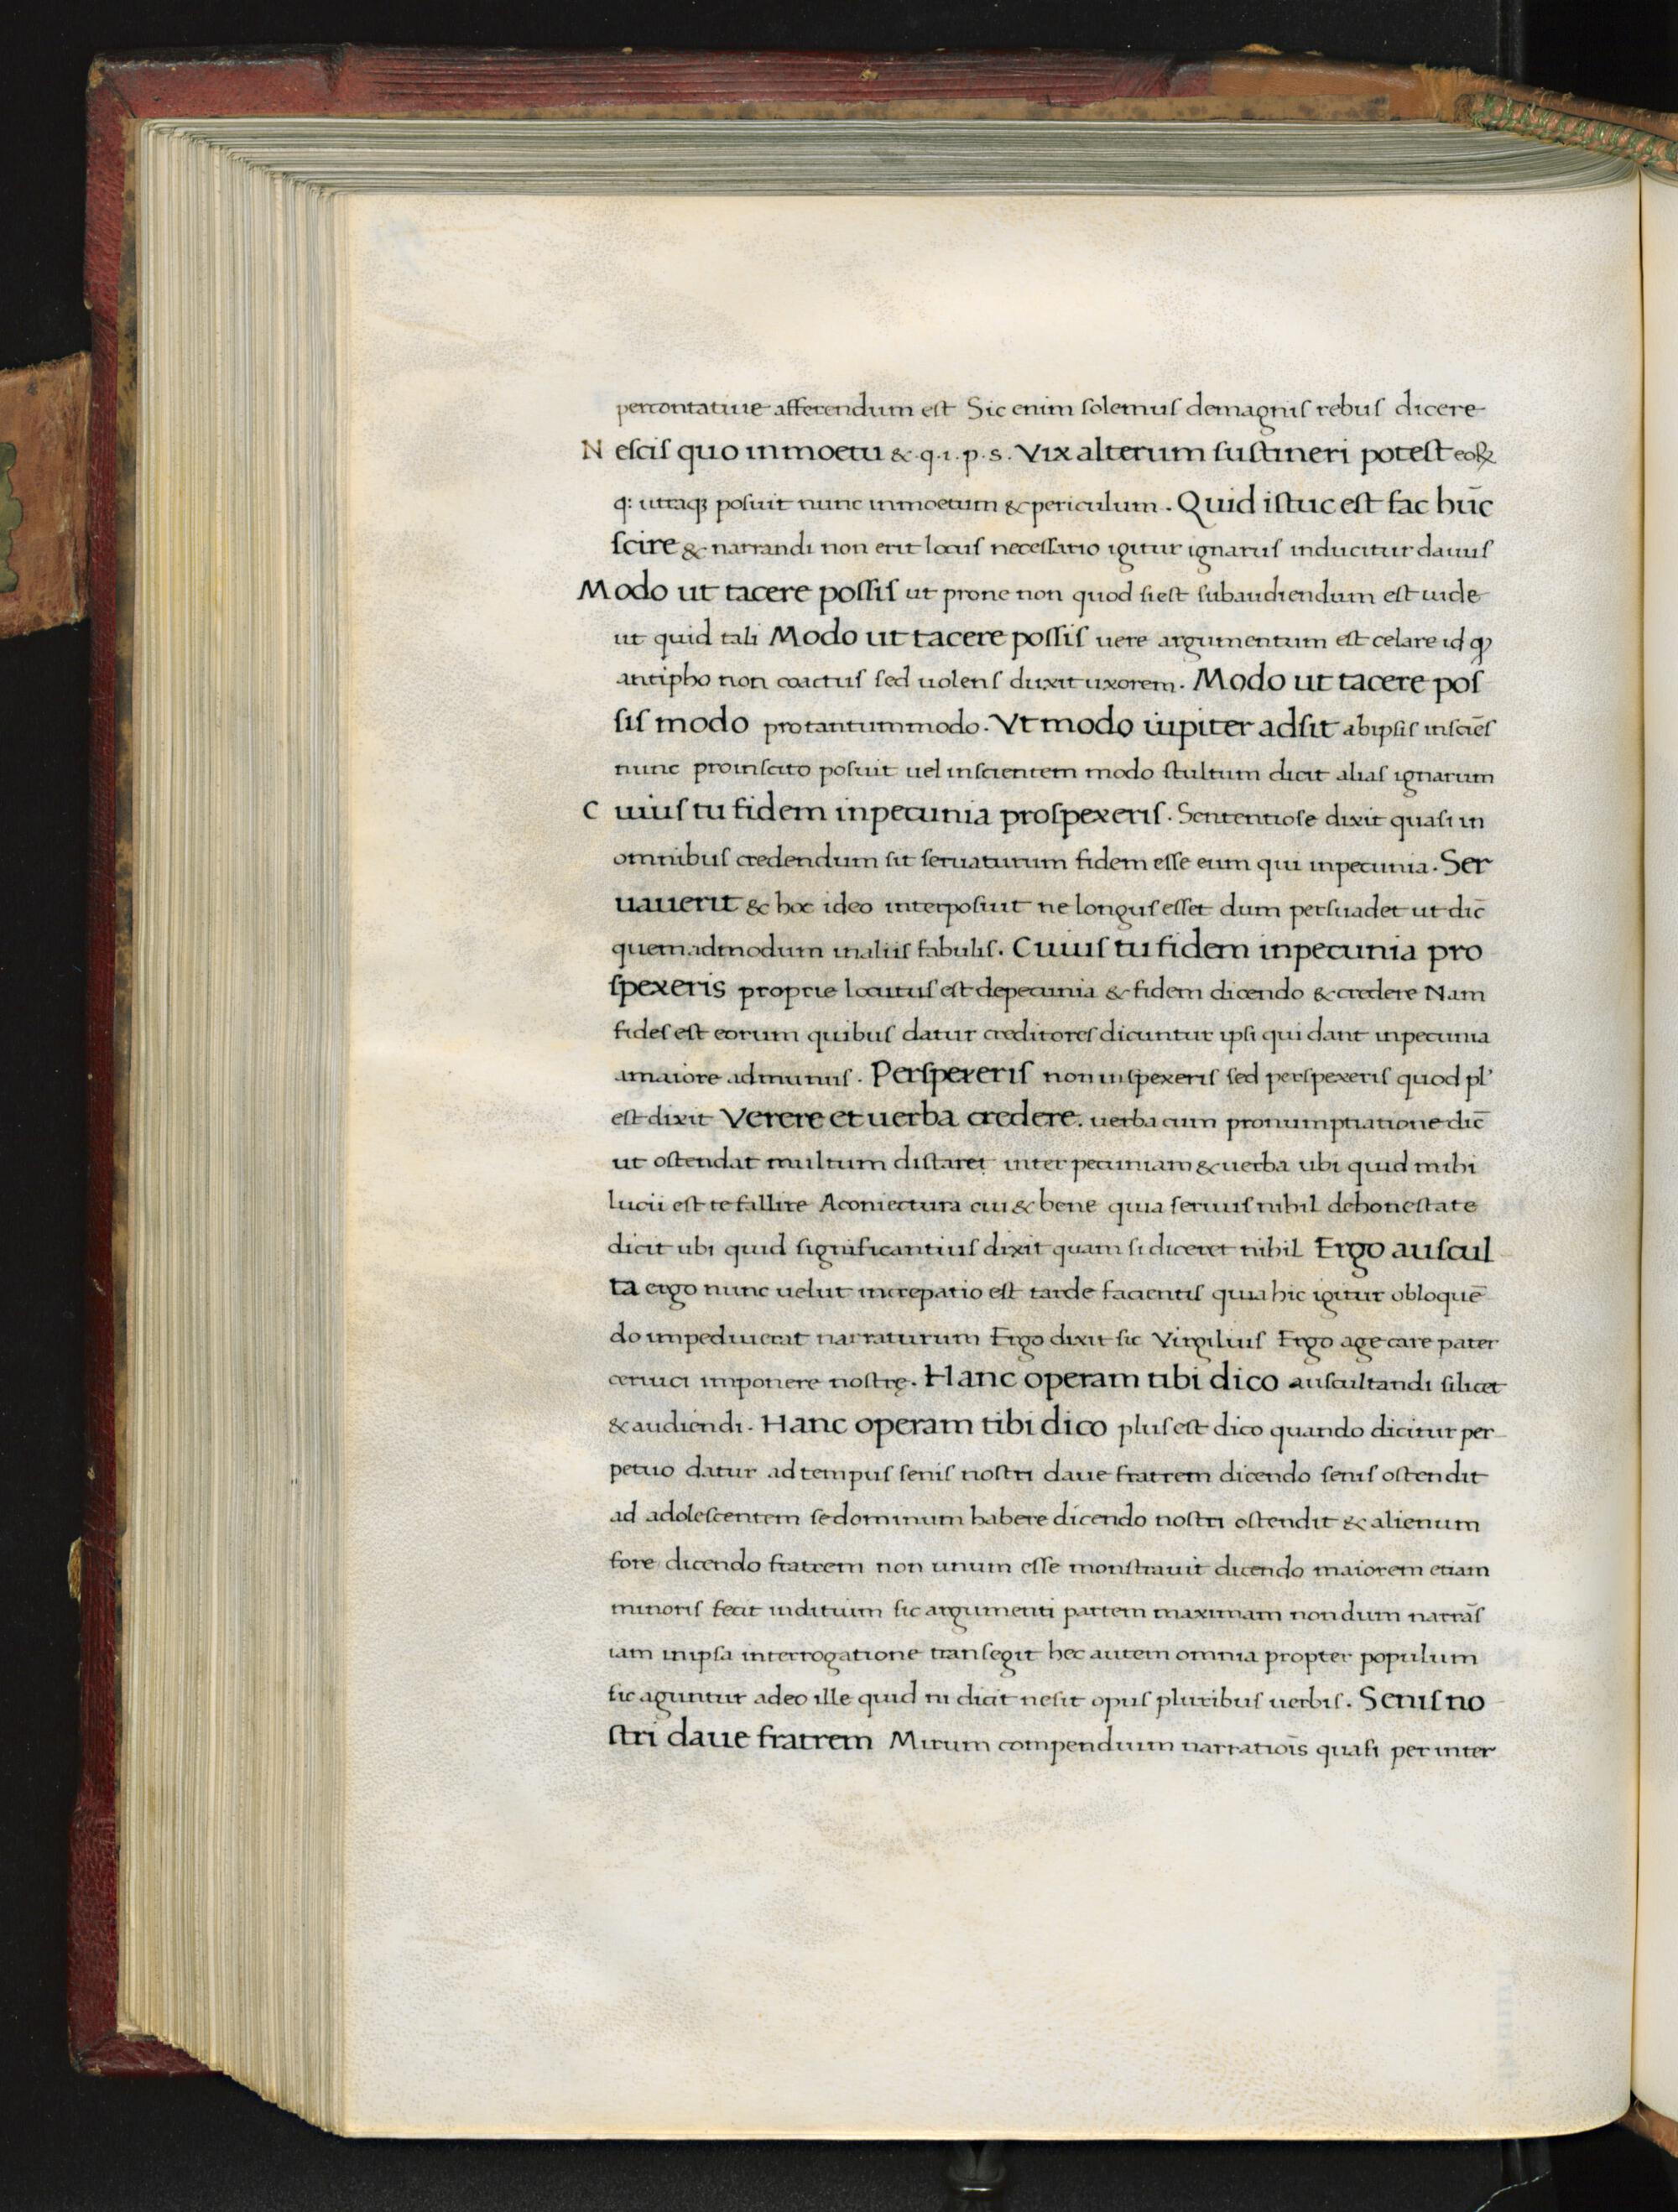
Shelfmark: Florence, Biblioteca Medicea Laurenziana, Laur. Plut. 53.09
Century: 15